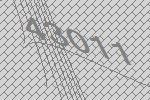
43011